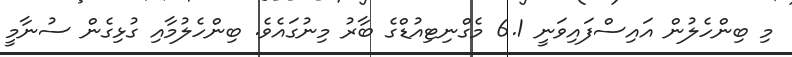
މި ބިންހެލުން އައިސްފައިވަނީ 6.1 މެގްނިޓިއުޑްގެ ބާރު މިނުގައެވެ. ބިންހެލުމާއި ގުޅިގެން ސުނާމީ